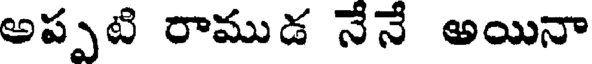
అప్పటి రాముడ నేనే అయినా